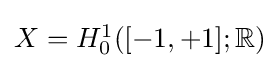
{\textstyle X=H_{0}^{1}([-1,+1];\mathbb {R} )}